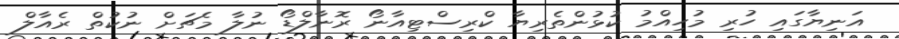
އަނިޔާގައި ހުރި މުހިއްމު ކުޅުންތެރިޔާ ކްރިސްޓިއާނޯ ރޮނާލްޑޯ ނުލާ މެޗަށް ނުކުތް ރެއާލް